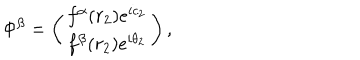
LaTeX: \Phi ^ { \beta } = \left( \begin{array} { c } { { f ^ { \alpha } ( r _ { 2 } ) e ^ { i c _ { 2 } } } } \\ { { f ^ { \beta } ( r _ { 2 } ) e ^ { i \theta _ { 2 } } } } \\ \end{array} \right) ,